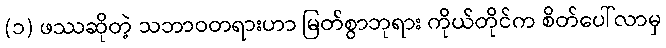
(၁) ဖဿဆိုတဲ့ သဘာဝတရားဟာ မြတ်စွာဘုရား ကိုယ်တိုင်က စိတ်ပေါ်လာမှ